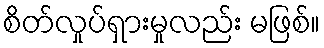
စိတ်လှုပ်ရှားမှုလည်း မဖြစ်။